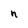
Character: n